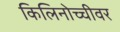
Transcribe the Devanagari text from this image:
किलिनोच्चीवर